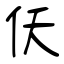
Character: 仸